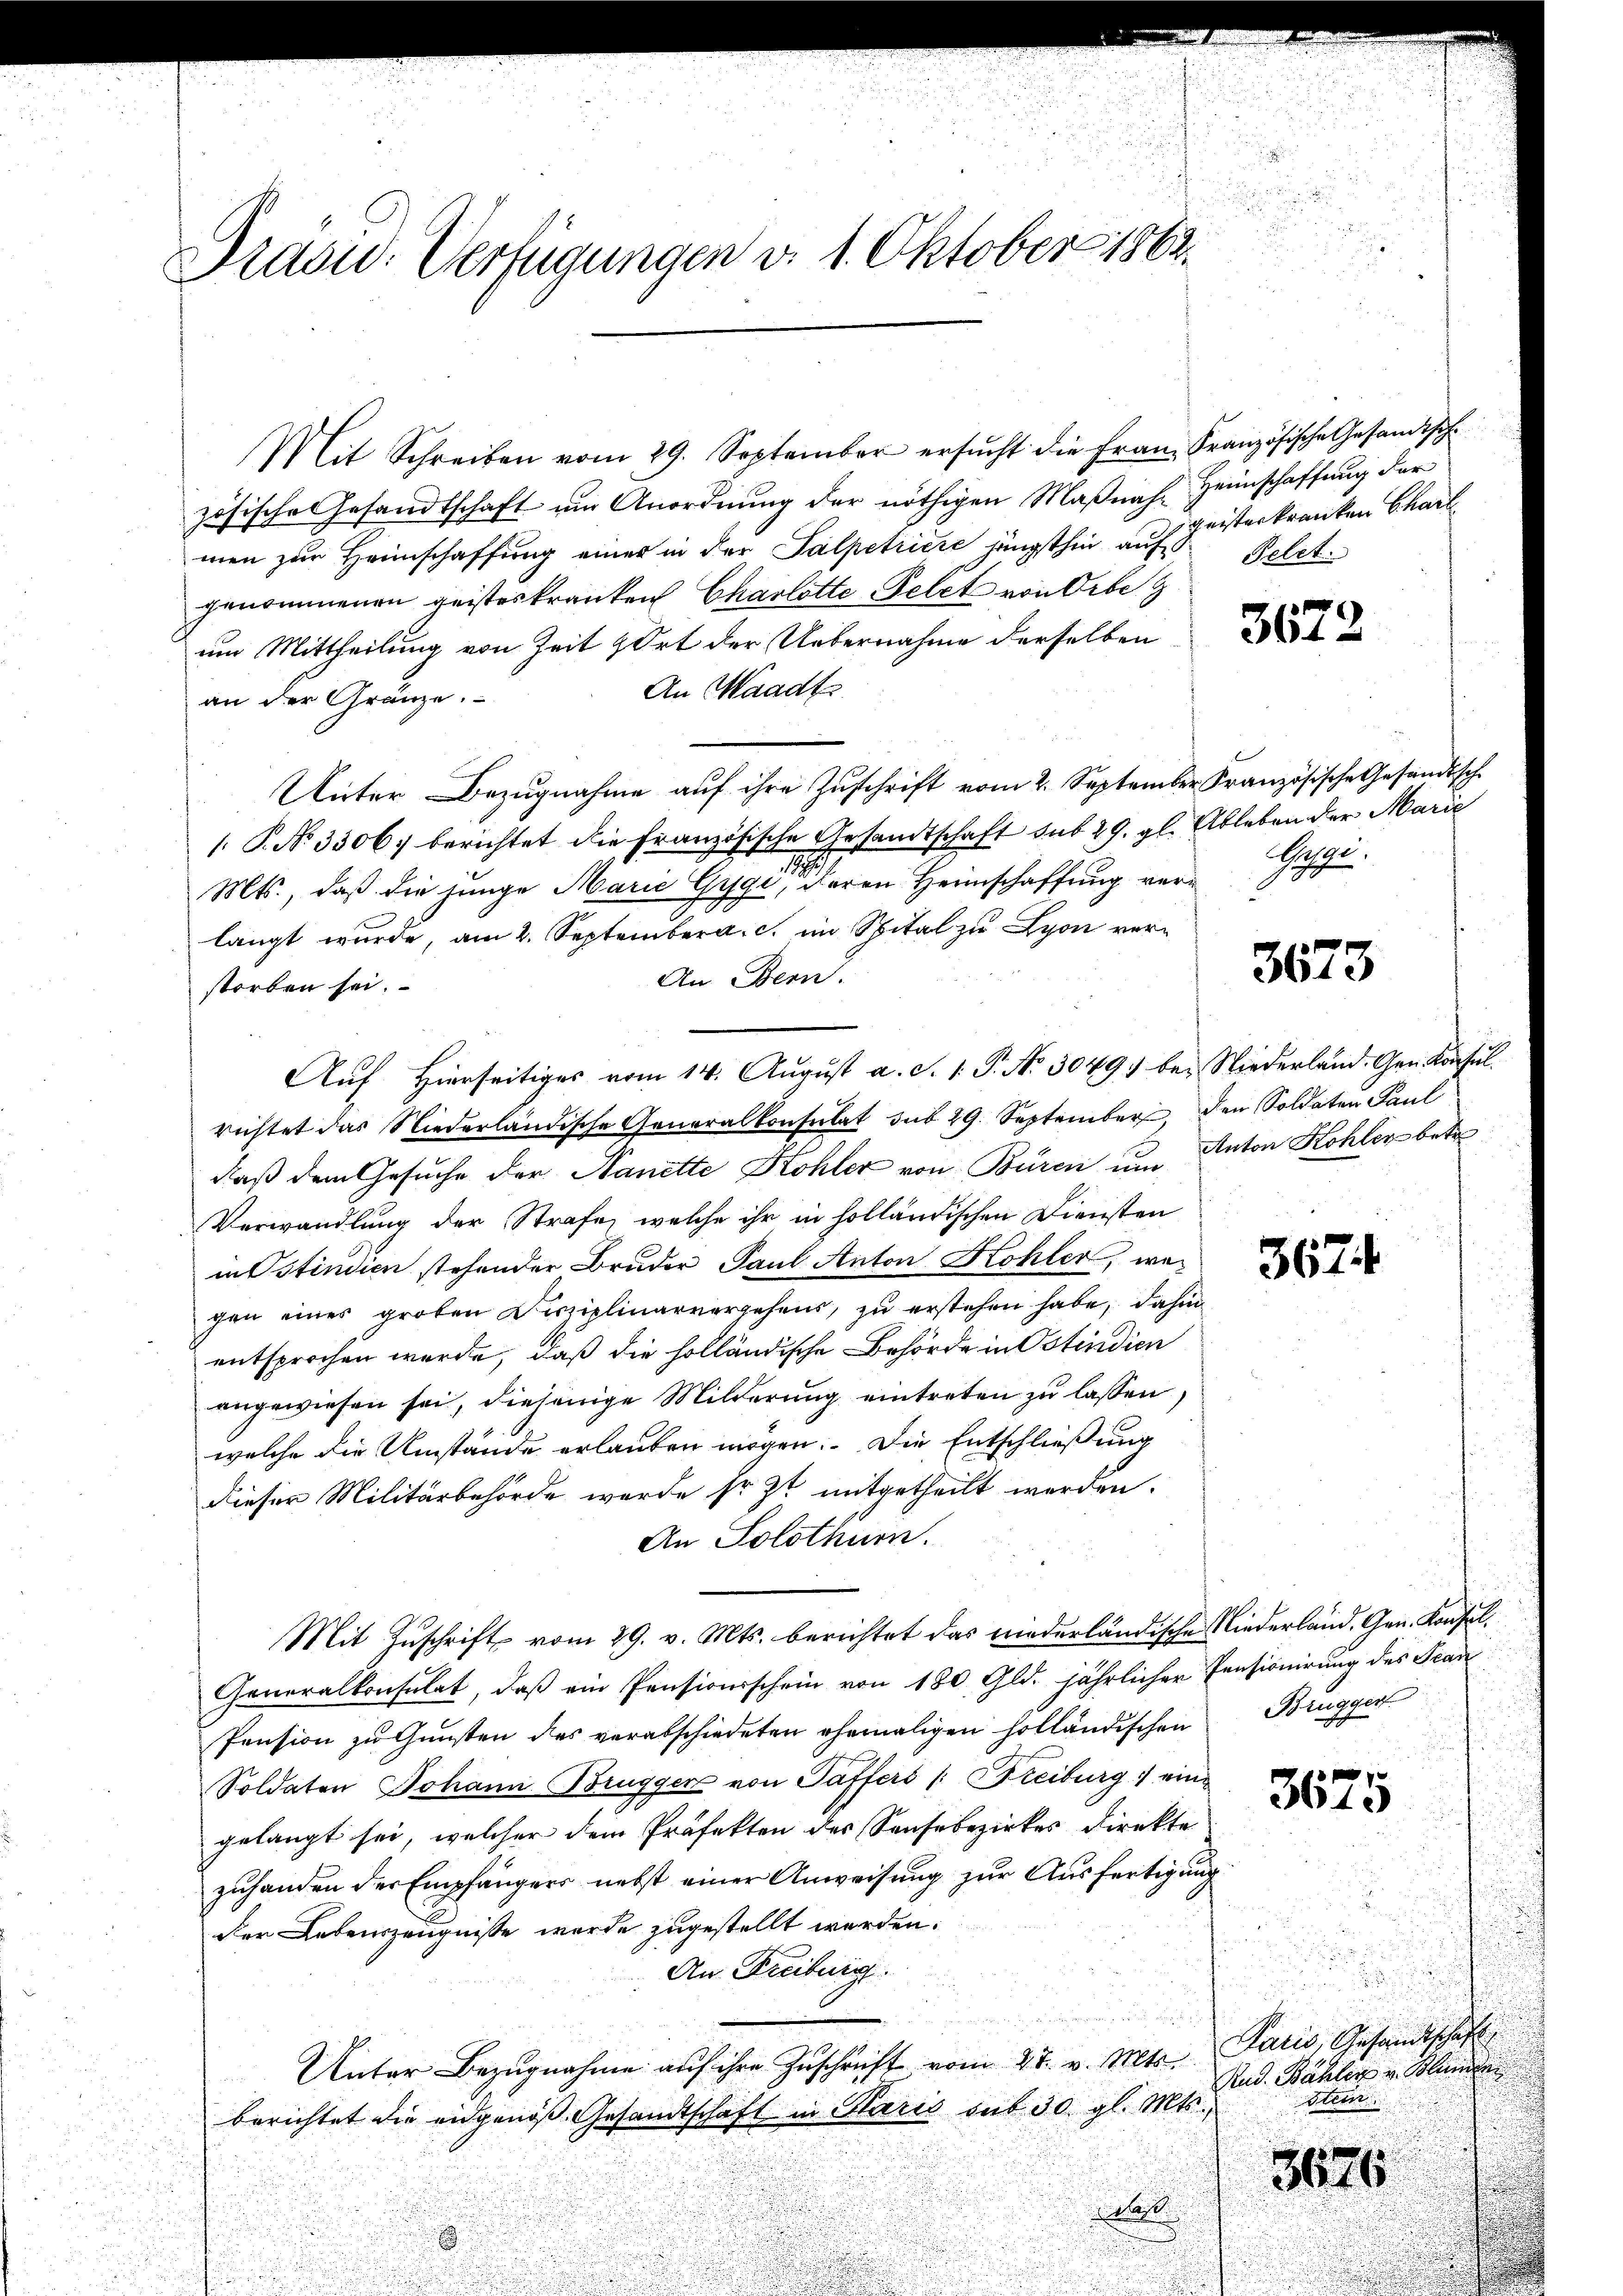
Praow. Verfügungen d. 1. Oktober 1862.

Mit Schreiben vom 29. September ersŭcht die Frau Französische Gesandtsch
zösische Gesandtschaft um Anordnung der nöthigen Maßnah-Heimschaffung der
men zur Heimschaffung einer in der Salpetriere jüngsthin auf Pelet
genommenen geisteskranken Charlotte Pelet von Orte
um Mittheilung von Zeit & Ort der Uebernahme derselben
An Waadt
an der Gränze.
Unter Bezugnahme auf ihre Zuschrift vom 2. September Französische Gesandtsche
1. P. No. 3306. berichtet die Französische Gesandtschaft sub 29. gl. Ableben der Marie
7.
Mts., daß die junge Marie Gygi, deren Heimschaffung verlangt wurde, am 2. September a. c. im Spital zu Lyon ver¬
An Bern.
storben sei.
Auf hierseitiges vom 14. Aŭgŭst a. S. 1. P. No. 3049) bei Niederland. Gen. Konsul
richtet das Niederländische Generalkonsulat sub 29. September, den Soldaten Paul
daß dem Gesuche der Nanette Kohler von Büren um Anton Kohler betr
Verwandlung der Strafe, welche ihr in holländischen Diensten
in Ostindien stehender Bruder Paul Anton Kohler, wegen eines großen Diszielinarvergehens, zŭ erstehen habe, dahin
entsprochen werde, daß die holländische Behörde in Ostindien
angewiesen sei, diejenige Milderung eintreten zu lassen.
welche die Umstände erlauben mögen. Die Entschließung
dieser Militärbehörde werde so zt mitgetheilt werden.
An Solothurn.
Mit Zuschrift vom 29. v. Mts. berichtet das wederländische Niederland. Gen. Konsel¬
Generalkonsulat, daß ein Pensionsschein von 180 Gld. jährlicher Pensionirung des Stan
Pension zu Gunsten des verabschiedeten ehemaligen holländischen Brugger
Soldaten Johann Brugger von Taffers /: Freiburg eine
gelangt sei, welcher dem Präfekten des Sausbezirkes Direkte
zuhanden der Empfängers nebst einer Anweisung zur Ausfertigung
der Lebenszeugnisse wurde zugestellt werden.
An Freiburg.
Unter Bezŭgnahme aŭf ihre Zuschrift vom 27. v. Mts. Paris, Gesandtschaft
berichtet die eidgenoß Gesandtschaft in Paris sub 30 gl. Mts.,
l
.

geisterkranken Charl

3672

Gage.

3673

367.

3675

Rud. Bähler u. Blunte
stem
3676